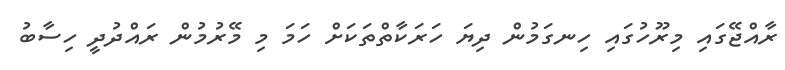
ރާއްޖޭގައި މިރޫހުގައި ހިނގަމުން ދިޔަ ހަރަކާތްތަކަށް ހަމަ މި މޭރުމުން ރައްދުދީ ހިސާބު